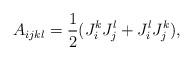
LaTeX: \begin{align*}A_{ijkl}=\frac{1}{2} ( J_{i}^{k}J_{j}^{l}+J_{i}^{l}J_{j}^{k}),\end{align*}